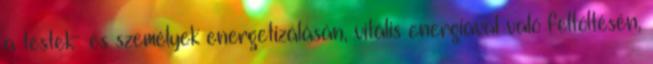
a testek- és személyek energetizálásán, vitális energiával való feltöltésén,